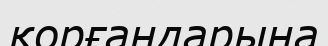
қорғандарына